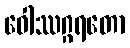
ဝေါဿဂ္ဂရတော